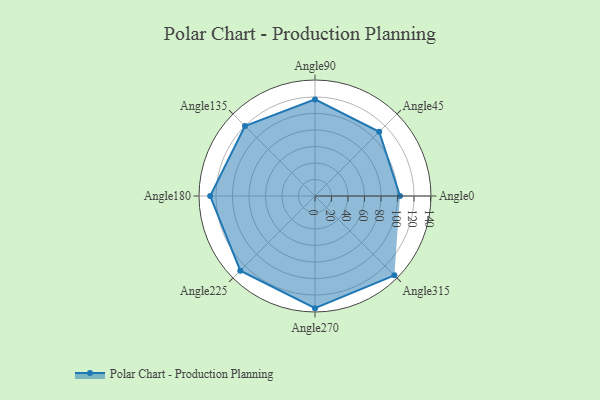
{"axis": {"x": "Angle", "y": "Radius"}, "legend": [""], "data": [{"x": "Angle0", "y": 103.0, "type": ""}, {"x": "Angle45", "y": 110.0, "type": ""}, {"x": "Angle90", "y": 117.0, "type": ""}, {"x": "Angle135", "y": 120.0, "type": ""}, {"x": "Angle180", "y": 127.0, "type": ""}, {"x": "Angle225", "y": 128.0, "type": ""}, {"x": "Angle270", "y": 136.0, "type": ""}, {"x": "Angle315", "y": 136.0, "type": ""}]}